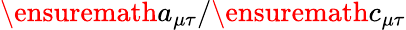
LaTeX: \ensuremath{a_{\mu\tau}}/\ensuremath{c_{\mu\tau}}